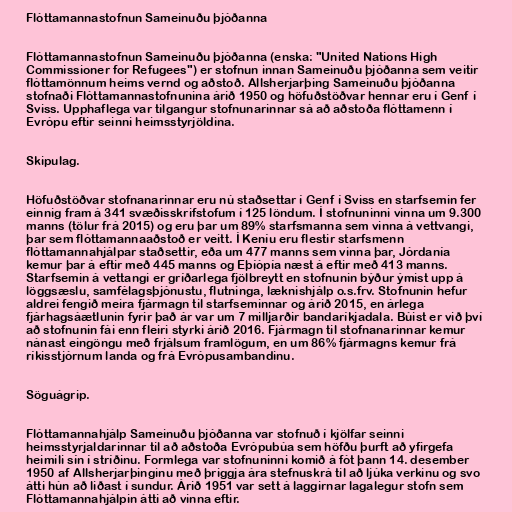
Flóttamannastofnun Sameinuðu þjóðanna

Flóttamannastofnun Sameinuðu þjóðanna (enska: "United Nations High
Commissioner for Refugees") er stofnun innan Sameinuðu þjóðanna sem veitir
flóttamönnum heims vernd og aðstoð. Allsherjarþing Sameinuðu þjóðanna
stofnaði Flóttamannastofnunina árið 1950 og höfuðstöðvar hennar eru í Genf í
Sviss. Upphaflega var tilgangur stofnunarinnar sá að aðstoða flóttamenn í
Evrópu eftir seinni heimsstyrjöldina.

Skipulag.

Höfuðstöðvar stofnanarinnar eru nú staðsettar í Genf í Sviss en starfsemin fer
einnig fram á 341 svæðisskrifstofum í 125 löndum. Í stofnuninni vinna um 9.300
manns (tölur frá 2015) og eru þar um 89% starfsmanna sem vinna á vettvangi,
þar sem flóttamannaaðstoð er veitt. Í Keníu eru flestir starfsmenn
flóttamannahjálpar staðsettir, eða um 477 manns sem vinna þar, Jórdanía
kemur þar á eftir með 445 manns og Eþíópía næst á eftir með 413 manns.
Starfsemin á vettangi er gríðarlega fjölbreytt en stofnunin býður ýmist upp á
löggsæslu, samfélagsþjónustu, flutninga, læknishjálp o.s.frv. Stofnunin hefur
aldrei fengið meira fjármagn til starfseminnar og árið 2015, en árlega
fjárhagsáætlunin fyrir það ár var um 7 milljarðir bandaríkjadala. Búist er við því
að stofnunin fái enn fleiri styrki árið 2016. Fjármagn til stofnanarinnar kemur
nánast eingöngu með frjálsum framlögum, en um 86% fjármagns kemur frá
ríkisstjórnum landa og frá Evrópusambandinu.

Söguágrip.

Flóttamannahjálp Sameinuðu þjóðanna var stofnuð í kjölfar seinni
heimsstyrjaldarinnar til að aðstoða Evrópubúa sem höfðu þurft að yfirgefa
heimili sín í stríðinu. Formlega var stofnuninni komið á fót þann 14. desember
1950 af Allsherjarþinginu með þriggja ára stefnuskrá til að ljúka verkinu og svo
átti hún að liðast í sundur. Árið 1951 var sett á laggirnar lagalegur stofn sem
Flóttamannahjálpin átti að vinna eftir.